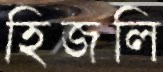
হিজলি